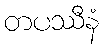
တပဿီနံ